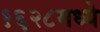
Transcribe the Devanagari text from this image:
१६२८मध्ये